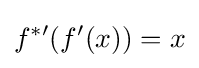
f^{*\prime }(f'(x))=x